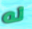
له